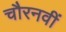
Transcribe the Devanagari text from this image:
चौरनवीं